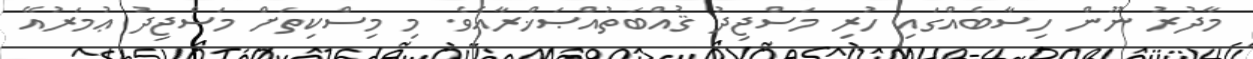
މާދުރު ނޫން ހިސާބެއްގައި ހުރި މަސްޖިދު ޤުއްބަތުއްޞަޚްރާއެވެ. މި މިސްކިތަށް މަސްޖިދު ޢުމަރުއޭ